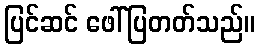
ပြင်ဆင် ဖေါ်ပြတတ်သည်။